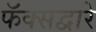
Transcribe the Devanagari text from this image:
फॅक्सद्वारे